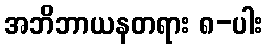
အဘိဘာယနတရား ၈-ပါး